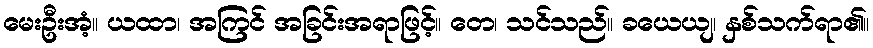
မေးဦးအံ့။ ယထာ၊ အကြင် အခြင်းအရာဖြင့်။ တေ၊ သင်သည်။ ခယေယျ၊ နှစ်သက်ရာ၏။